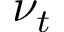
\nu _ { t }